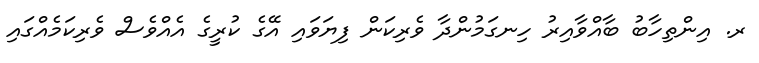
ރ. އިންތިހާބު ބާއްވާއިރު ހިނގަމުންދާ ވެރިކަން ފިޔަވައި އޭގެ ކުރީގެ އެއްވެސް ވެރިކަމެއްގައި